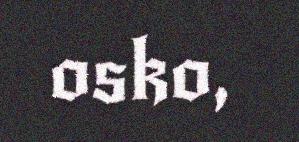
osko,